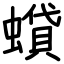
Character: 蟘